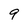
Character: 9